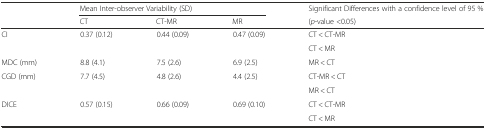
<table><thead><tr><td rowspan="2"></td><td colspan="3"><b>Mean Inter-observer Variability (SD)</b></td><td><b>Significant Differences with a confidence level of 95 %</b></td></tr><tr><td><b>CT</b></td><td><b>CT-MR</b></td><td><b>MR</b></td><td><b>(<i>p</i>-value &lt;0.05)</b></td></tr></thead><tbody><tr><td rowspan="2">CI</td><td rowspan="2">0.37 (0.12)</td><td rowspan="2">0.44 (0.09)</td><td rowspan="2">0.47 (0.09)</td><td>CT &lt; CT-MR</td></tr><tr><td>CT &lt; MR</td></tr><tr><td>MDC (mm)</td><td>8.8 (4.1)</td><td>7.5 (2.6)</td><td>6.9 (2.5)</td><td>MR &lt; CT</td></tr><tr><td rowspan="2">CGD (mm)</td><td rowspan="2">7.7 (4.5)</td><td rowspan="2">4.8 (2.6)</td><td rowspan="2">4.4 (2.5)</td><td>CT-MR &lt; CT</td></tr><tr><td>MR &lt; CT</td></tr><tr><td rowspan="2">DICE</td><td rowspan="2">0.57 (0.15)</td><td rowspan="2">0.66 (0.09)</td><td rowspan="2">0.69 (0.10)</td><td>CT &lt; CT-MR</td></tr><tr><td>CT &lt; MR</td></tr></tbody></table>